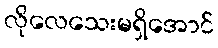
လိုလေသေးမရှိအောင်